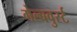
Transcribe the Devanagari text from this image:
गेल्बवुर्स्ट